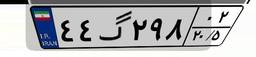
۱۶گ۹۳۲۴۲